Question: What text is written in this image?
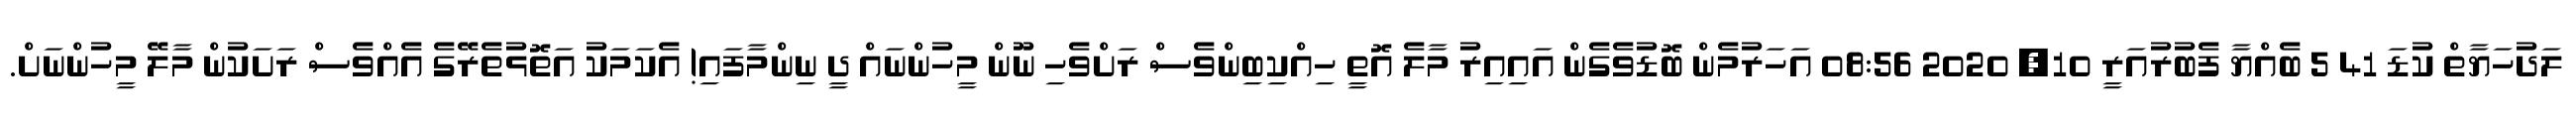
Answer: ލަދުހަޔާތް ކުޑަ 41 5 ބެއްޔާ ފެބުރުއަރީ 10, 2020 08:56 އަހަރުމެން ބޮޑުވެގެން އައިއިރު މާލެ އޮތީ ހިއްކިބިންވެސް ރަށްވެހި ނޫން މީހުންނައް ދީ ނިންމާފައި! އެކަމަކު އަތޮޅުތެރޭގެ އެއްވެސް ރަށަކުން މާލޭ މީހުންނަށް.